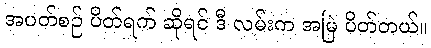
အပတ်စဉ် ပိတ်ရက် ဆိုရင် ဒီ လမ်းက အမြဲ ပိတ်တယ်။